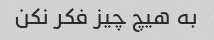
به هیچ چیز فکر نکن